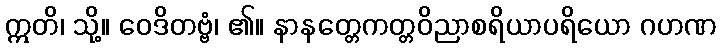
ဣတိ၊ သို့။ ဝေဒိတဗ္ဗံ၊ ၏။ နာနတ္တေကတ္တဝိညာစရိယာပရိယော ဂဟဏ